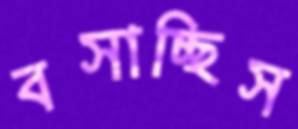
বসাচ্ছিস